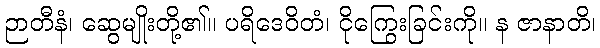
ဉာတီနံ၊ ဆွေမျိုးတို့၏။ ပရိဒေဝိတံ၊ ငိုကြွေးခြင်းကို။ န ဇာနာတိ၊